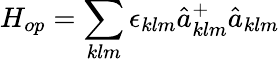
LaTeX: H_{op}=\sum_{klm}\epsilon_{klm}\hat{a}_{klm}^{+}\hat{a}_{klm}